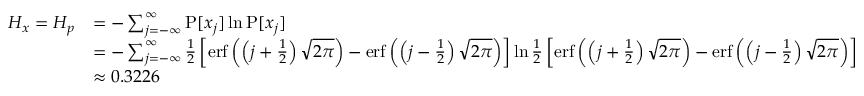
{ \begin{array} { r l } { H _ { x } = H _ { p } } & { = - \sum _ { j = - \infty } ^ { \infty } \operatorname { P } [ x _ { j } ] \ln \operatorname { P } [ x _ { j } ] } \\ & { = - \sum _ { j = - \infty } ^ { \infty } { \frac { 1 } { 2 } } \left[ \operatorname { e r f } \left( \left( j + { \frac { 1 } { 2 } } \right) { \sqrt { 2 \pi } } \right) - \operatorname { e r f } \left( \left( j - { \frac { 1 } { 2 } } \right) { \sqrt { 2 \pi } } \right) \right] \ln { \frac { 1 } { 2 } } \left[ \operatorname { e r f } \left( \left( j + { \frac { 1 } { 2 } } \right) { \sqrt { 2 \pi } } \right) - \operatorname { e r f } \left( \left( j - { \frac { 1 } { 2 } } \right) { \sqrt { 2 \pi } } \right) \right] } \\ & { \approx 0 . 3 2 2 6 } \end{array} }